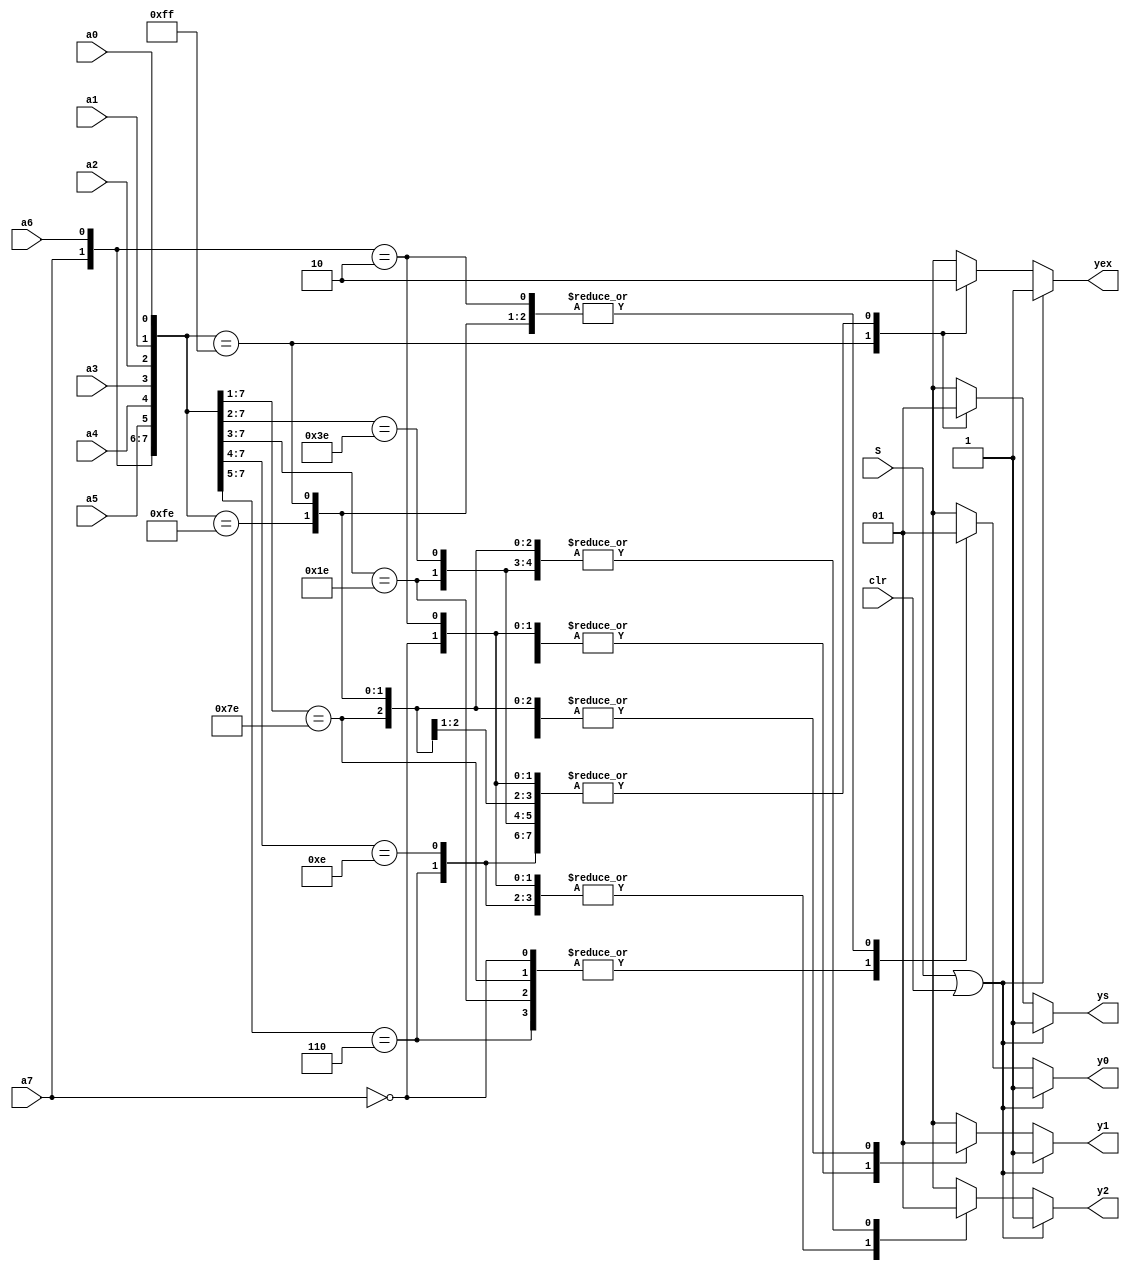
//////////////////////////////////////////////////////////
//                      74LS148                         //
//                                                      //
//                                                      //
// Project Requirements: Use if-else or case struct.    //
//                                                      //
//         You may find details at the link below       //
//              https://blog.csdn.net/LWanTao           //
//////////////////////////////////////////////////////////
module ls148(a0,a1,a2,a3,a4,a5,a6,a7,S,y0,y1,y2,ys,yex,clr);
input a0,a1,a2,a3,a4,a5,a6,a7,S,clr;
output reg y0,y1,y2,ys,yex;
always @(a0,a1,a2,a3,a4,a5,a6,a7,S,clr)
begin
if(S||clr) begin y0<=1;y1<=1;y2<=1;ys<=1;yex<=1; end
else begin
casex({a7,a6,a5,a4,a3,a2,a1,a0})
8'b11111111: begin y0<=1;y1<=1;y2<=1;ys<=0;yex<=1;end
8'b0xxxxxxx: begin y0<=0;y1<=0;y2<=0;ys<=1;yex<=0;end
8'b10xxxxxx: begin y0<=1;y1<=0;y2<=0;ys<=1;yex<=0;end
8'b110xxxxx: begin y0<=0;y1<=1;y2<=0;ys<=1;yex<=0;end
8'b1110xxxx: begin y0<=1;y1<=1;y2<=0;ys<=1;yex<=0;end
8'b11110xxx: begin y0<=0;y1<=0;y2<=1;ys<=1;yex<=0;end
8'b111110xx: begin y0<=1;y1<=0;y2<=1;ys<=1;yex<=0;end
8'b1111110x: begin y0<=0;y1<=1;y2<=1;ys<=1;yex<=0;end
8'b11111110: begin y0<=1;y1<=1;y2<=1;ys<=1;yex<=0;end
endcase 
end end
endmodule